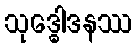
သုဒ္ဓေါဒနဿ